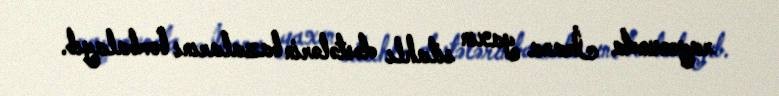
rayonunda İrana yaxın silahlı dəstələrin bazalarını bombalayıb.